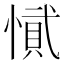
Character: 𭞎